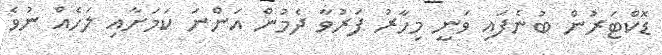
ޑޮކްޓަރުން ބުނެފައި ވަނީ މިހާރު ފަރުވާ ދެމުން އަންނަ ކަމަށާއި ލަހެއް ނުވެ